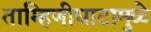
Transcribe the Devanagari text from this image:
ताम्हिणीघाटामुळे